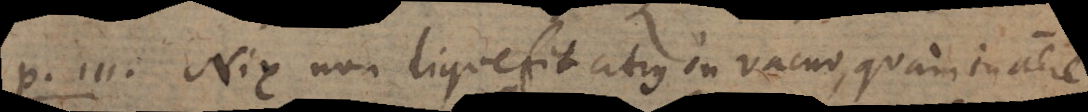
P. 111. Nix non liquefit citius in vacuo, quam in aere